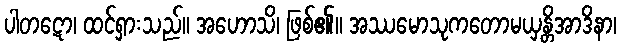
ပါတဋော၊ ထင်ရှားသည်။ အဟောသိ၊ ဖြစ်၏။ အဿမောသုကတောမယှန္တိအာဒိနာ၊